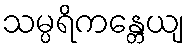
သမ္ပရိကန္တေယျ